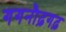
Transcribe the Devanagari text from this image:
गगनौढ़गढ़